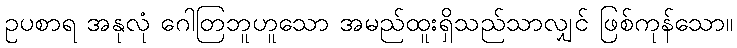
ဥပစာရ အနုလုံ ဂေါတြဘူဟူသော အမည်ထူးရှိသည်သာလျှင် ဖြစ်ကုန်သော။